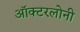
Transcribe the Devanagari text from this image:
ऑक्टरलोनी